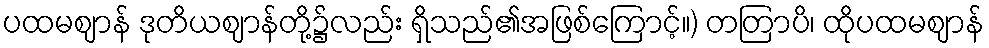
ပထမဈာန် ဒုတိယဈာန်တို့၌လည်း ရှိသည်၏အဖြစ်ကြောင့်။) တတြာပိ၊ ထိုပထမဈာန်